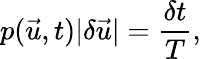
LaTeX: p(\vec{u},t)|\delta\vec{u}|=\frac{\delta t}{T},